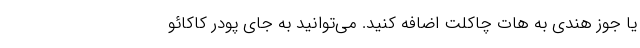
یا جوز هندی به هات چاکلت اضافه کنید. می‌توانید به جای پودر کاکائو